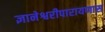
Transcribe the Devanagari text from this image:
ज्ञानेश्वरीपारायणास